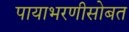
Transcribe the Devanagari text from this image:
पायाभरणीसोबत